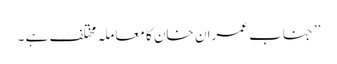
’’جناب عمران خان کا معاملہ مختلف ہے ۔